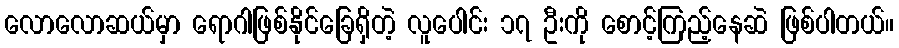
လောလောဆယ်မှာ ရောဂါဖြစ်နိုင်ခြေရှိတဲ့ လူပေါင်း ၁၇ ဦးကို စောင့်ကြည့်နေဆဲ ဖြစ်ပါတယ်။